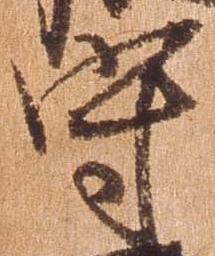
守